Report of the Indian Hemp Drugs Commission, 1894-1895 - Volume I
Year: 1894
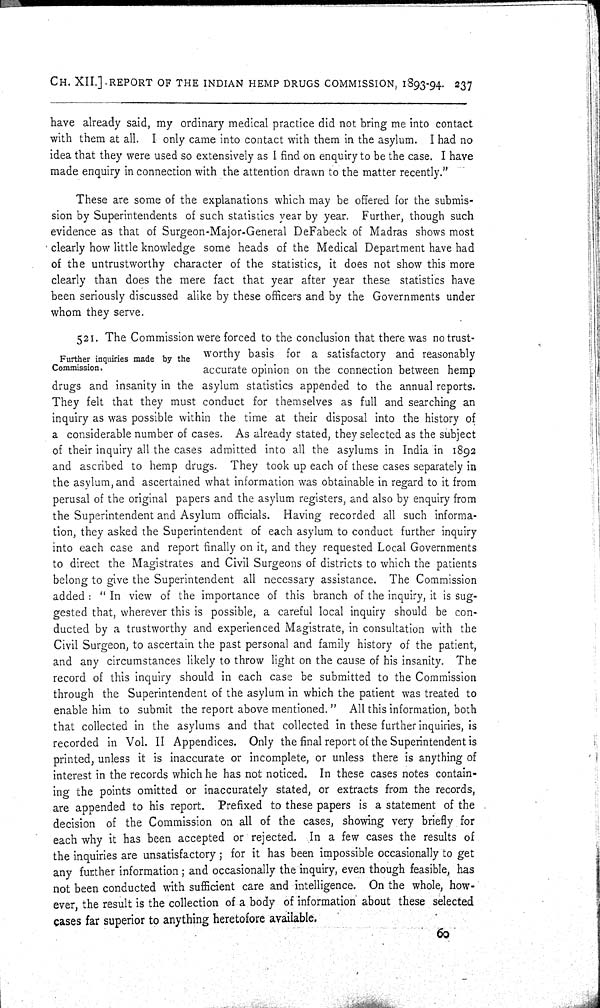
CH. XII.] REPORT OF THE INDIAN HEMP DRUGS COMMISSION, 1893-94. 237
have already said, my ordinary medical practice did not bring me into contact
with them at all. I only came into contact with them in the asylum. I had no
idea that they were used so extensively as I find on enquiry to be the case. I have
made enquiry in connection with the attention drawn to the matter recently."
These are some of the explanations which may be offered for the submis-
sion by Superintendents of such statistics year by year. Further, though such
evidence as that of Surgeon-Major-General DeFabeck of Madras shows most
clearly how little knowledge some heads of the Medical Department have had
of the untrustworthy character of the statistics, it does not show this more
clearly than does the mere fact that year after year these statistics have
been seriously discussed alike by these officers and by the Governments under
whom they serve.
Further inquiries made by the
Commission.
521. The Commission were forced to the conclusion that there was no trust-
worthy basis for a satisfactory and reasonably
accurate opinion on the connection between hemp
drugs and insanity in the asylum statistics appended to the annual reports.
They felt that they must conduct for themselves as full and searching an
inquiry as was possible within the time at their disposal into the history of
a considerable number of cases. As already stated, they selected as the subject
of their inquiry all the cases admitted into all the asylums in India in 1892
and ascribed to hemp drugs. They took up each of these cases separately in
the asylum, and ascertained what information was obtainable in regard to it from
perusal of the original papers and the asylum registers, and also by enquiry from
the Superintendent and Asylum officials. Having recorded all such informa-
tion, they asked the Superintendent of each asylum to conduct further inquiry
into each case and report finally on it, and they requested Local Governments
to direct the Magistrates and Civil Surgeons of districts to which the patients
belong to give the Superintendent all necessary assistance. The Commission
added: "In view of the importance of this branch of the inquiry, it is sug-
gested that, wherever this is possible, a careful local inquiry should be con-
ducted by a trustworthy and experienced Magistrate, in consultation with the
Civil Surgeon, to ascertain the past personal and family history of the patient,
and any circumstances likely to throw light on the cause of his insanity. The
record of this inquiry should in each case be submitted to the Commission
through the Superintendent of the asylum in which the patient was treated to
enable him to submit the report above mentioned." All this information, both
that collected in the asylums and that collected in these further inquiries, is
recorded in Vol. II Appendices. Only the final report of the Superintendent is
printed, unless it is inaccurate or incomplete, or unless there is anything of
interest in the records which he has not noticed. In these cases notes contain-
ing the points omitted or inaccurately stated, or extracts from the records,
are appended to his report. Prefixed to these papers is a statement of the
decision of the Commission on all of the cases, showing very briefly for
each why it has been accepted or rejected. In a few cases the results of
the inquiries are unsatisfactory; for it has been impossible occasionally to get
any further information; and occasionally the inquiry, even though feasible, has
not been conducted with sufficient care and intelligence. On the whole, how-
ever, the result is the collection of a body of information about these selected
cases far superior to anything heretofore
available.
60